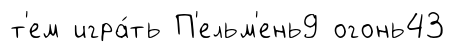
т'ем игра́ть П'ельм'ень9 огонь43